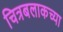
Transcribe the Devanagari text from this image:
चित्रबलाकच्या